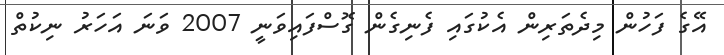
އޭގެ ފަހުން މިދެތަރިން އެކުގައި ފެނިގެން ގޮސްފައިވަނީ 2007 ވަނަ އަހަރު ނިކުތް